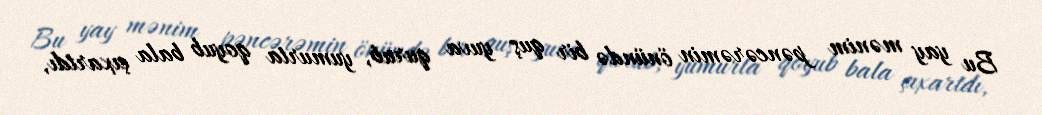
Bu yay mənim pəncərəmin önündə bir quş yuva qurub, yumurta qoyub bala çıxartdı,